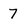
Character: 7